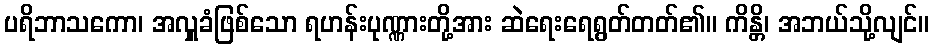
ပရိဘာသကော၊ အလှူခံဖြစ်သော ရဟန်းပုဏ္ဏားတို့အား ဆဲရေးရေရွတ်တတ်၏။ ကိန္တိ၊ အဘယ်သို့လျင်။